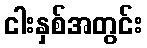
ငါးနှစ်အတွင်း